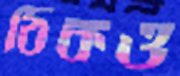
ঠিকও